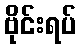
ဗိုင်းရပ်